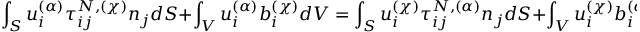
\int _ { S } u _ { i } ^ { ( \alpha ) } \tau _ { i j } ^ { N , ( \chi ) } n _ { j } d S + \int _ { V } u _ { i } ^ { ( \alpha ) } b _ { i } ^ { ( \chi ) } d V = \int _ { S } u _ { i } ^ { ( \chi ) } \tau _ { i j } ^ { N , ( \alpha ) } n _ { j } d S + \int _ { V } u _ { i } ^ { ( \chi ) } b _ { i } ^ { ( \alpha ) } d V